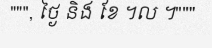
""", ថ្ងៃ និង ខែ ។ល ។"""